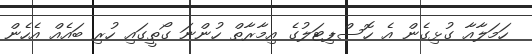
ހަމަލާއާ ގުޅިގެން އެ ހޮސްޕިޓަލުގެ އިމާރާތް ހުންނަ ގޯތީގައި ހުރި ބައެއް އެހެން